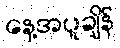
နေ့အပူချိန်